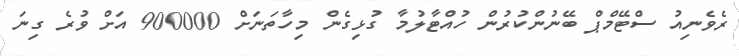
ރެވެނިއު ސްޓޭމްޕް ބޭނުންކުރުން ހުއްޓާލުމާ ގުޅިގެން މިހާތަނަށް 900000 އަށް ވުރެ ގިނަ